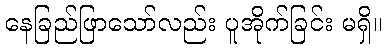
နေခြည်ဖြာသော်လည်း ပူအိုက်ခြင်း မရှိ။